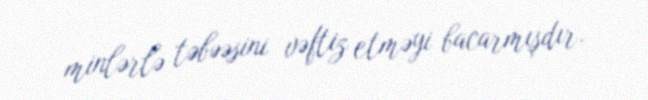
minlərlə təbəəsini vəftiz etməyi bacarmışdır.